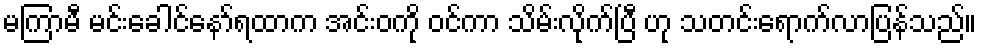
မကြာမီ မင်းခေါင်နော်ရထာက အင်းဝကို ဝင်ကာ သိမ်းလိုက်ပြီ ဟု သတင်းရောက်လာပြန်သည်။